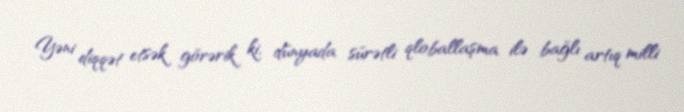
Yəni diqqət etsək görərik ki, dünyada sürətli qloballaşma ilə bağlı artıq milli